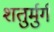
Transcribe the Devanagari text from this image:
शतुर्मुर्ग